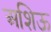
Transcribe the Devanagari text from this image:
अशिऊ